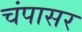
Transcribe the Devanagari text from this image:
चंपासर